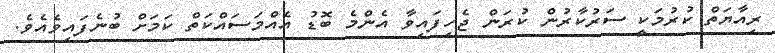
ރިއާޔަތް ކުރުމަކީ ސަރުކާރުން ކުރަން ޖެހިފައިވާ އެންމެ ބޮޑު އެއްމަސައްކަތް ކަމަށް ބުނެފައިވެއެވެ.